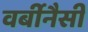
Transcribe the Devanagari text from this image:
वर्बीनैसी